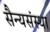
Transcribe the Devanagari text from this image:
सैन्यसंस्था